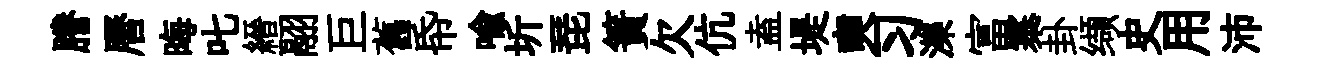
謄曆晦叱縉翮巨舊帋喻圻琵簀欠伉盍堤奭习濼富寨卦缬史用沛